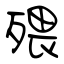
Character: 㱬